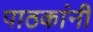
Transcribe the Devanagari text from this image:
पाठकांनी